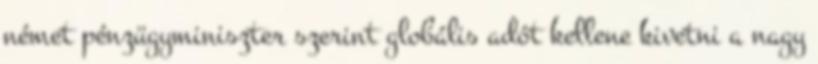
német pénzügyminiszter szerint globális adót kellene kivetni a nagy